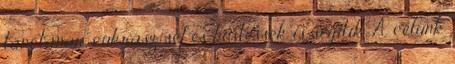
tánctanár, cukrász, séf és hostessek is segítik. A célunk